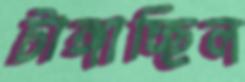
টাঙ্গাচ্ছিল